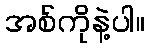
အစ်ကိုနဲ့ပါ။